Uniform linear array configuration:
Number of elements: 32
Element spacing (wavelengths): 1
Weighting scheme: hamming
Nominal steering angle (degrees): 0
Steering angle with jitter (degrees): -1.128
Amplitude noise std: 0.05
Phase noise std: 0.05

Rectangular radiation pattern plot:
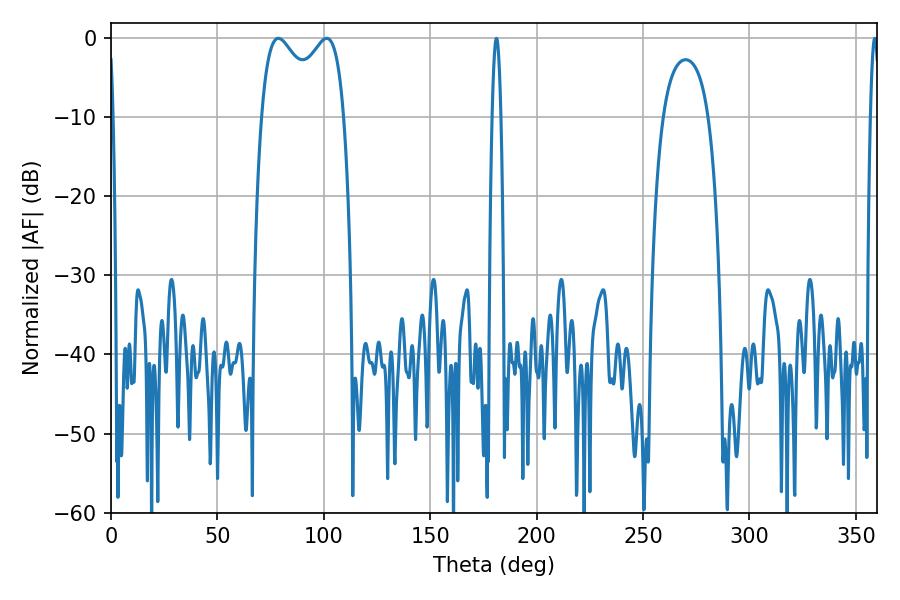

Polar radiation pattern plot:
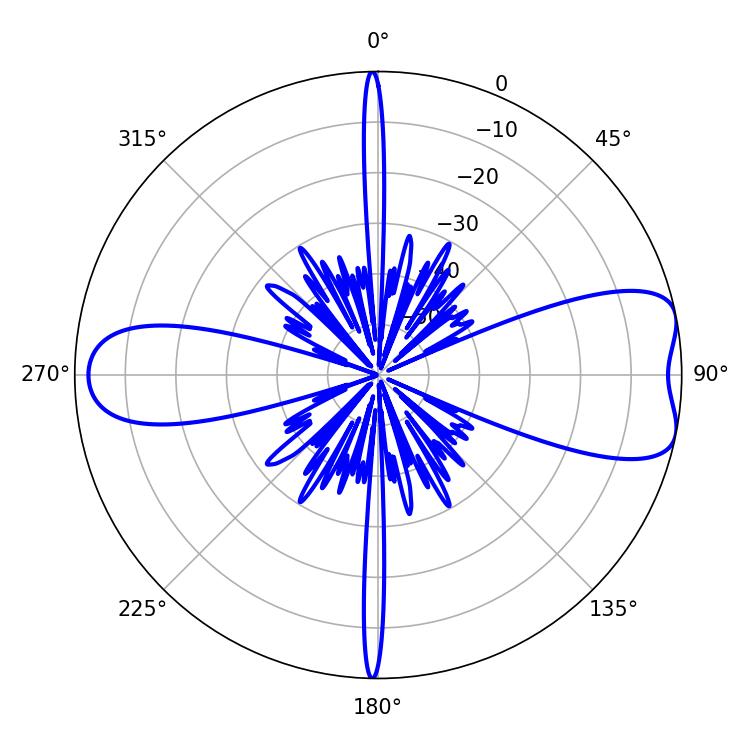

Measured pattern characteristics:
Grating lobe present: TRUE
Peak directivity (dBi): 7.988
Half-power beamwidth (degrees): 32.4
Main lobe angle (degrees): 78.66